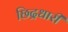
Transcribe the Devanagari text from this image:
छिद्रधारी